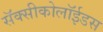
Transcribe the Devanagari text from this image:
सॅक्सीकोलॉईडस